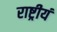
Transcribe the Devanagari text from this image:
राष्ट्रीयं